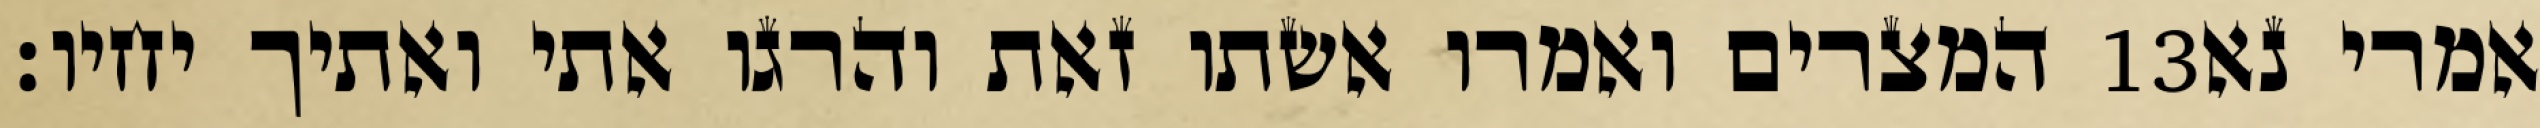
המצרים ואמרו אשתו זאת והרגו אתי ואתיך יחיו׃ ‎13‏ אמרי נא